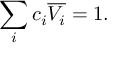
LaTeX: \sum _ { i } c _ { i } { \overline { { V _ { i } } } } = 1 .